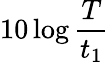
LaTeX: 10\log{\frac{T}{t_{1}}}